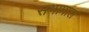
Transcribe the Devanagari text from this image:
सभापाल